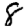
Digit: 8